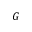
{ \cal G }